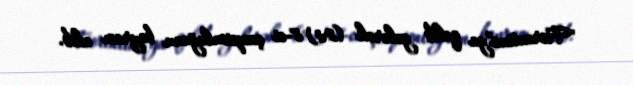
"Fiorentina"ya qalib gələrək (2:1) 8-ci çempionluğunu bayram edib.